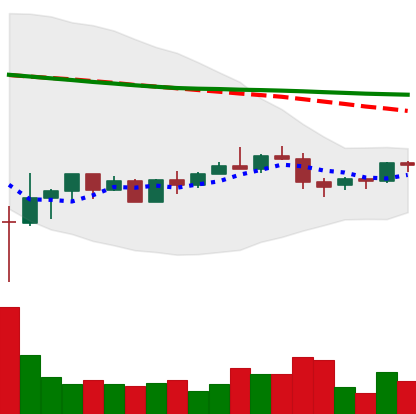
Ticker: BNB-USD
Chart end date: 2022-05-31
Forward return: -6.724%
Label: down_5_7